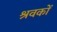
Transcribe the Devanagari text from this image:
श्रवकों